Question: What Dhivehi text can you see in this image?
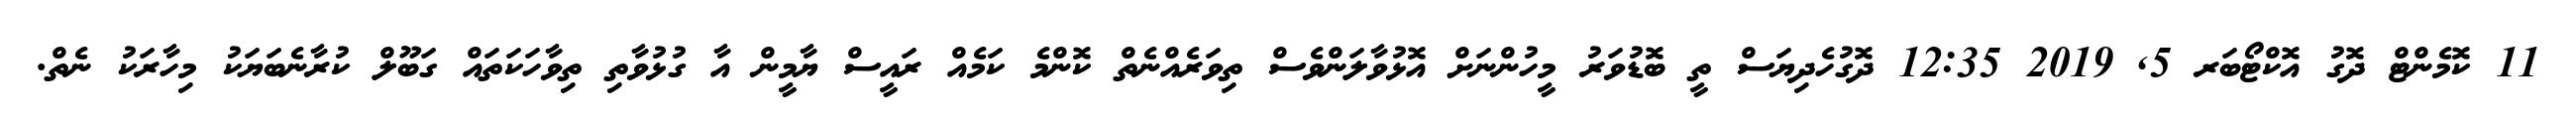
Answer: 11 ކޮމެންޓް ދޮގު އޮކްޓޯބަރ 5, 2019 12:35 ދޮގުހެދިޔަސް ތީ ބޮޑުވަރު މީހުންނަށް އޮޅުވާލަންވެސް ތިވަރެއްނެތް ކޮންމެ ކަމެއް ރައީސް ޔާމީން އާ ގުޅުވާތި ތިވާހަކަތައް ގަބޫލް ކުރާނެބަޔަކު މިހާރަކު ނެތް.